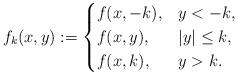
LaTeX: \begin{align*}f_{k}(x,y):=\begin{cases}f(x,-k), & y<-k,\\f(x,y), & |y|\le k,\\f(x,k), & y>k.\end{cases}\end{align*}